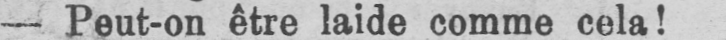
- Peut-on être laide comme cela!